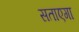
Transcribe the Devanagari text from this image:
सताएगा